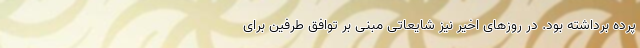
پرده برداشته بود. در روزهای اخیر نیز شایعاتی مبنی بر توافق طرفین برای